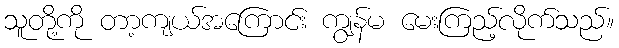
သူတို့ကို တာ့ကျယ်အကြောင်း ကျွန်မ မေးကြည့်လိုက်သည်။